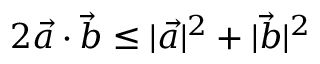
2 \vec { a } \cdot \vec { b } \leq | \vec { a } | ^ { 2 } + | \vec { b } | ^ { 2 }